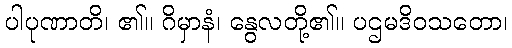
ပါပုဏာတိ၊ ၏။ ဂိမှာနံ၊ နွေလတို့၏။ ပဌမဒိဝသတော၊